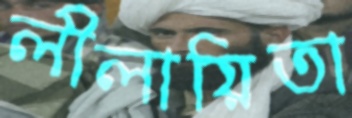
লীলায়িতা